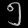
Digit: ၅